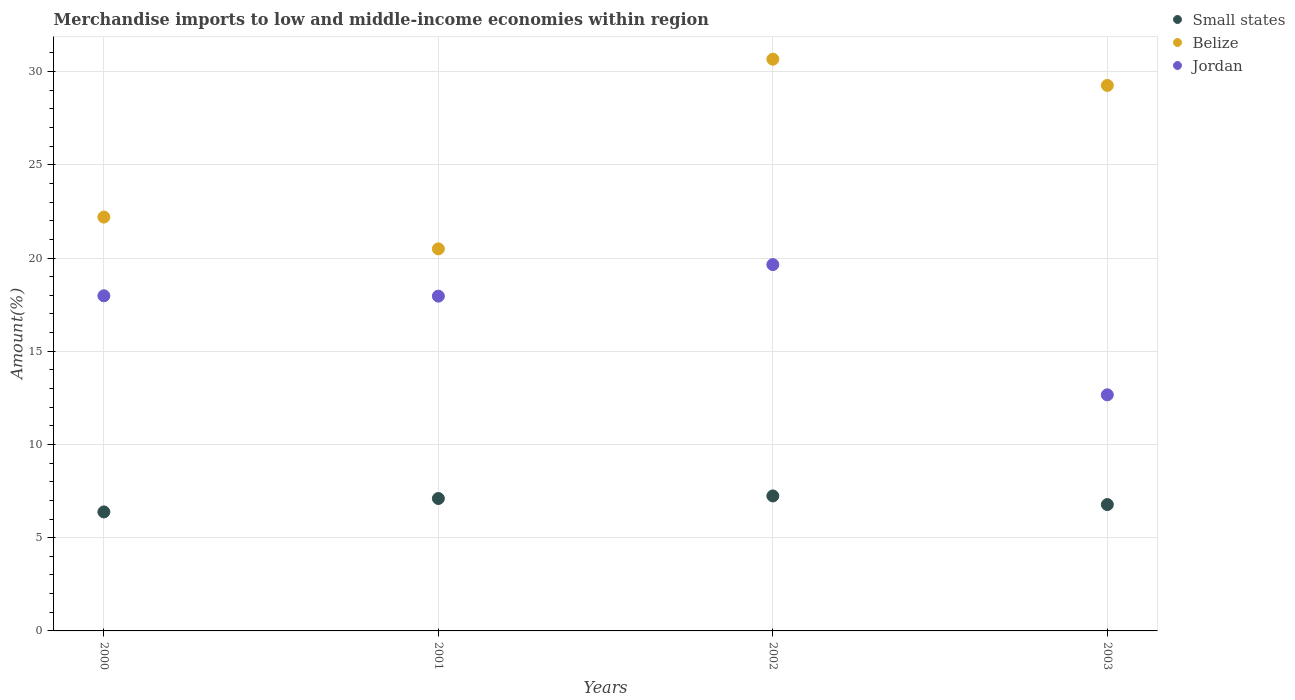
| Years | Small states | Belize | Jordan |
 | --- | --- | --- | --- |
 | 2000 | 6.38 | 22.2 | 18 |
 | 2001 | 7.1 | 20.5 | 18 |
 | 2002 | 7.24 | 30.7 | 19.6 |
 | 2003 | 6.78 | 29.3 | 12.7 |